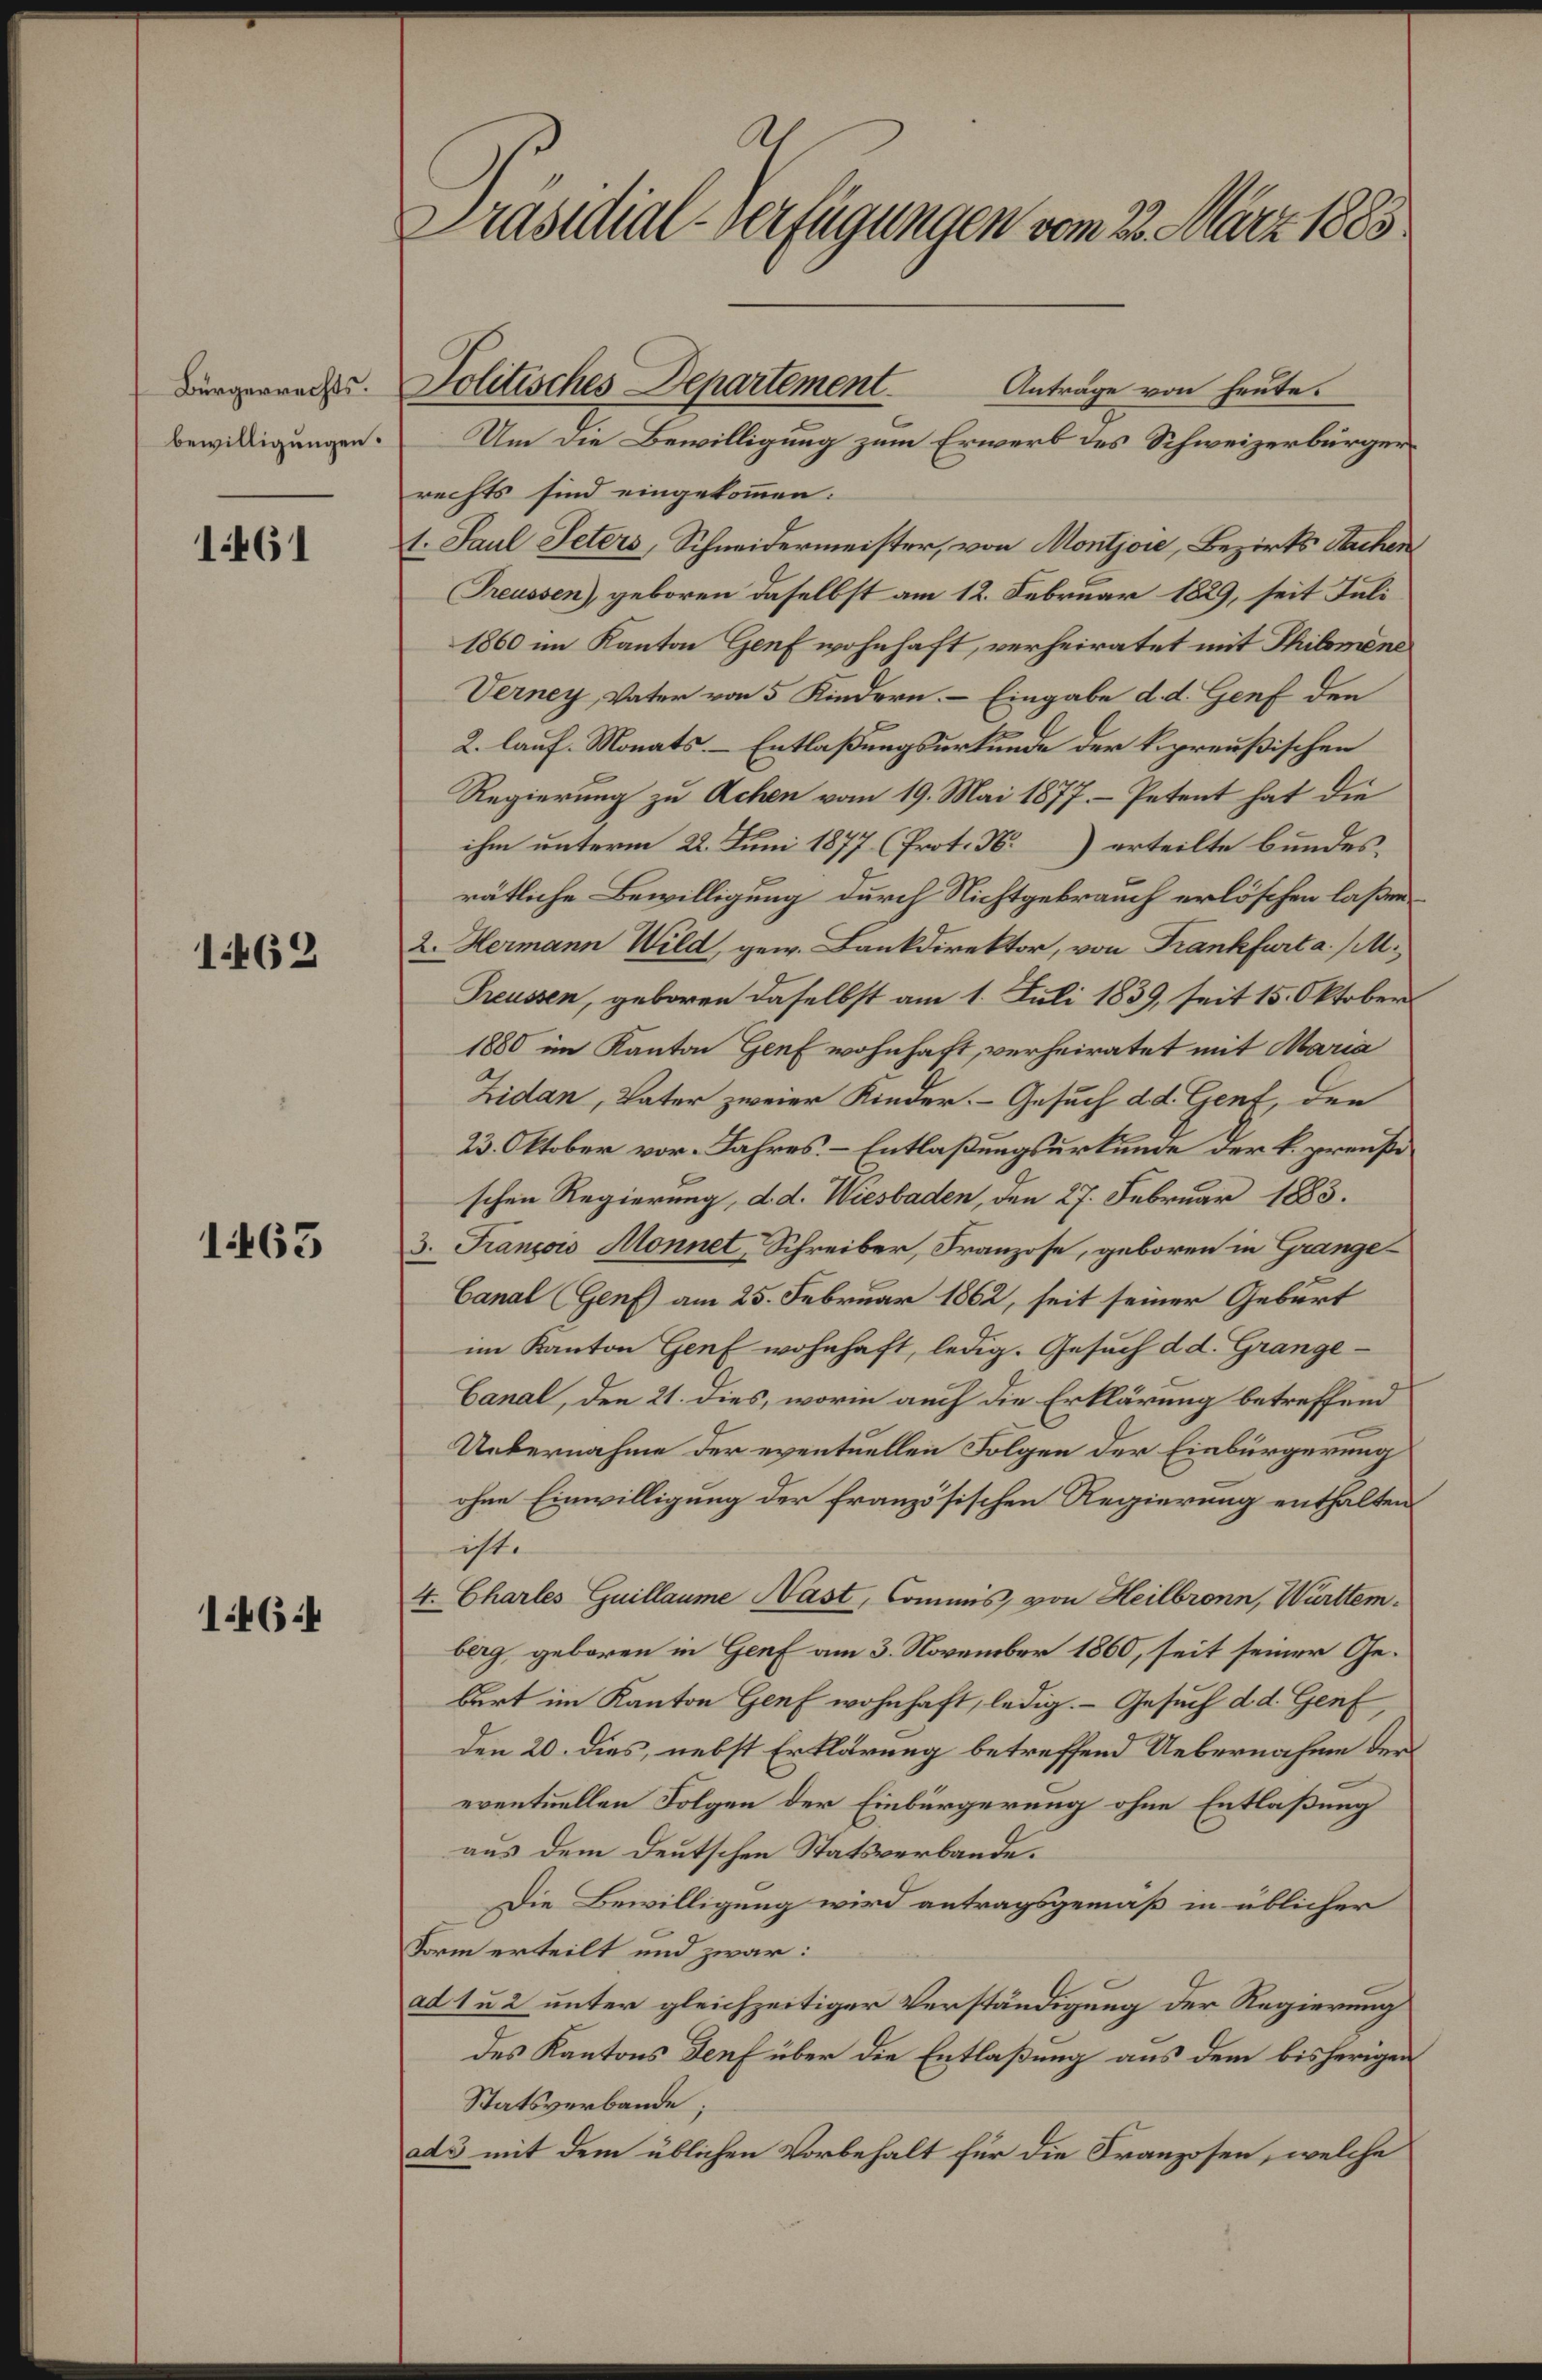
u. tl. flgtthl ven 2. r 8s
 Lrgerrrchtsu
bewilligungen.1
440i1
Jotrches DnrntArtatevn Eütes
U die Bewilligung zum Erwerb es Schweizerbürger¬
rechts sind eingetommen.
1. Fanl Sas Schuidermeister, von Konton Bezirts Sckien
Dan geboren dasellst am 12. Sebruar 1829, seit Sal¬
180 im Kantn Gaf wohnhaft, verheiratet mit Ribnie
eauag Vaten von 5 Kndern a Eingabe d4.Haaf de
2 lauf. MoratsEntlaßrngsurtunde der Rprrußschen
Regierung zu Acken vom 19. Mai 1877 Petent hat de
ihm unterm 2I. a 1877 CPrt. 3. ) erteilte bundes¬
rätliche Bewilicgung durch Nichtgebrnuch erlöshen laße
1402
2. Ramann Miltd gew. Kantirektor, von Kankhala .¬
anan, geboren dasellst am 1 Bt. 1839 seit 1. Otsbeu
10 iem Kanton Heaf wohnhaft, verhiratet mit tanie
idlan, Vater zweier KindersGesuch a4. Hhet, de
23. OAttber vor. Rahresfntlasungsurlue der k preis
schen Regierung, 4. I. Vurbaten, den 27. Sebrur 185.
4402
. Sanps omal Schreiber, Franzise, geboren in Heanze
banal u am 25. Februar 12, seit seiner Geburt
in Kanton Herf wohnhaft, ledig. Gesuch d .Hrane
Banal, dee 2. Dies worin auh die Erklrung betreffend
Uabernahme der eentuellen Solgen der Einburgerung
hn Ewilligung der franzdsischen Regierung enthlten
ist.
 404
t. Ahabs Hallenn aat, Cmmis vn ilbonn Mallen.
bag geberen in Heaf am 3. November 1860, seit seiner Ge¬
rt im Kanton luf wohnhaft, ledig  Gesuch d4. Gef,
den 20. Dies nelst Ertllrung betrefsend Uebronahn leu¬
ewentuellen Solgen der Einburgerung ohne Entlaßung
aus dem Deutschen Statserbande
die Bwiligung wird antragsgemaß in üblicher
Krm erteilt und zwär.
at1ä2 unter gleinszeitiger Verständigung der Regierung
des Kantons Rafüber die Entlaßung aus de bishrnige
Statsgerbende
d8 mit dem üblchen Vorbehalt für die Sranzosen, welche